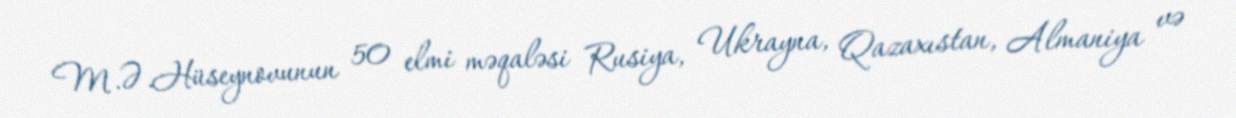
M.Ə.Hüseynovunun 50 elmi məqaləsi Rusiya, Ukrayna, Qazaxıstan, Almaniya və